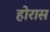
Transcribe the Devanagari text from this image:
होरास